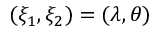
( \xi _ { 1 } , \xi _ { 2 } ) = ( \lambda , \theta )